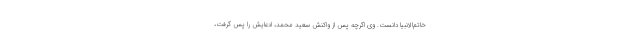
خاتم‌الانبیا دانست. وی اگرچه پس از واکنش سعید محمد، ادعایش را پس گرفت،